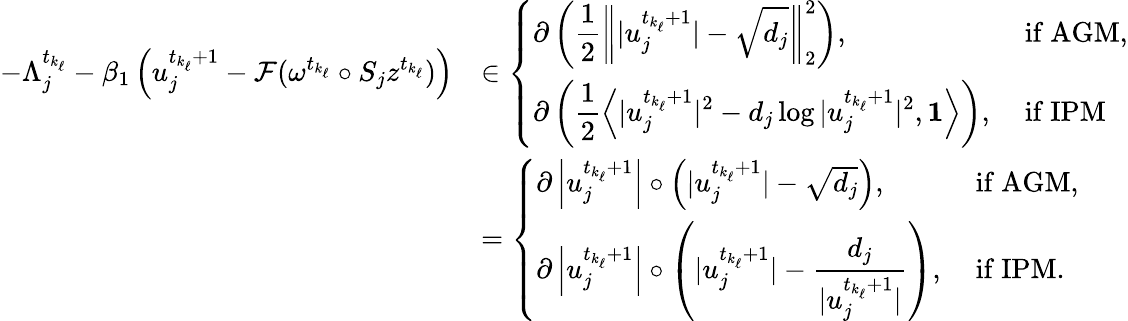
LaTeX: \begin{array}{rl}{-\Lambda_{j}^{t_{k_{\ell}}}-\beta_{1}\left(u_{j}^{t_{k_{\ell}}+1}-\mathcal{F}(\omega^{t_{k_{\ell}}}\circ S_{j}z^{t_{k_{\ell}}})\right)}&{\in\left\{ \begin{array}{ll}{\partial\left(\displaystyle\frac{1}{2}\left\| |u_{j}^{t_{k_{\ell}}+1}|-\sqrt{d_{j}}\right\| _{2}^{2}\right),}&{\mathrm{~if~AGM},}\\ {\partial\left(\displaystyle\frac{1}{2}\left\langle|u_{j}^{t_{k_{\ell}}+1}|^{2}-d_{j}\log|u_{j}^{t_{k_{\ell}}+1}|^{2},\mathbf{1}\right\rangle\right),}&{\mathrm{~if~IPM}}\end{array}\right.}\\ &{=\left\{ \begin{array}{ll}{\partial\left|u_{j}^{t_{k_{\ell}}+1}\right|\circ\left(|u_{j}^{t_{k_{\ell}}+1}|-\sqrt{d_{j}}\right),}&{\mathrm{~if~AGM,}}\\ {\partial\left|u_{j}^{t_{k_{\ell}}+1}\right|\circ\left(|u_{j}^{t_{k_{\ell}}+1}|-\displaystyle\frac{d_{j}}{|u_{j}^{t_{k_{\ell}}+1}|}\right),}&{\mathrm{~if~IPM}.}\end{array}\right.}\end{array}